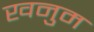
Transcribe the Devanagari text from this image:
खनुम